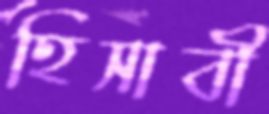
হিসাবী